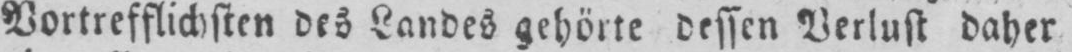
Vortrefflichsten des Landes gehörte dessen Verlust daher